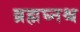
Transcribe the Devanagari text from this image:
ब्रह्मघ्नश्च